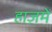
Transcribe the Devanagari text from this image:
हाज़में